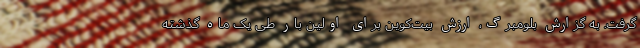
گرفت. به گزارش بلومبرگ، ارزش بیت‌کوین برای اولین بار طی یک ماه گذشته